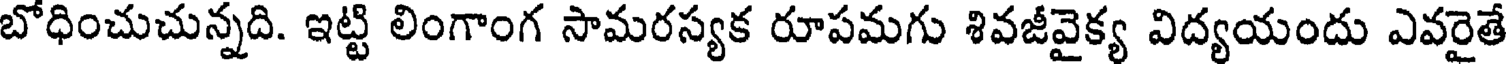
బోధించుచున్నది. ఇట్టి లింగాంగ సామరస్యక రూపమగు శివజీవైక్య విద్యయందు ఎవరైతే